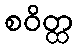
စဝိတ္ထ